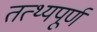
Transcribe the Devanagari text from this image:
तत्थ्यपूर्ण